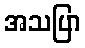
အသပြာ